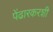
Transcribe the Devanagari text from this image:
पेंढारकरशी